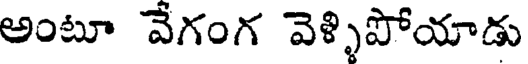
అంటూ వేగంగ వెళ్ళిపోయాడు